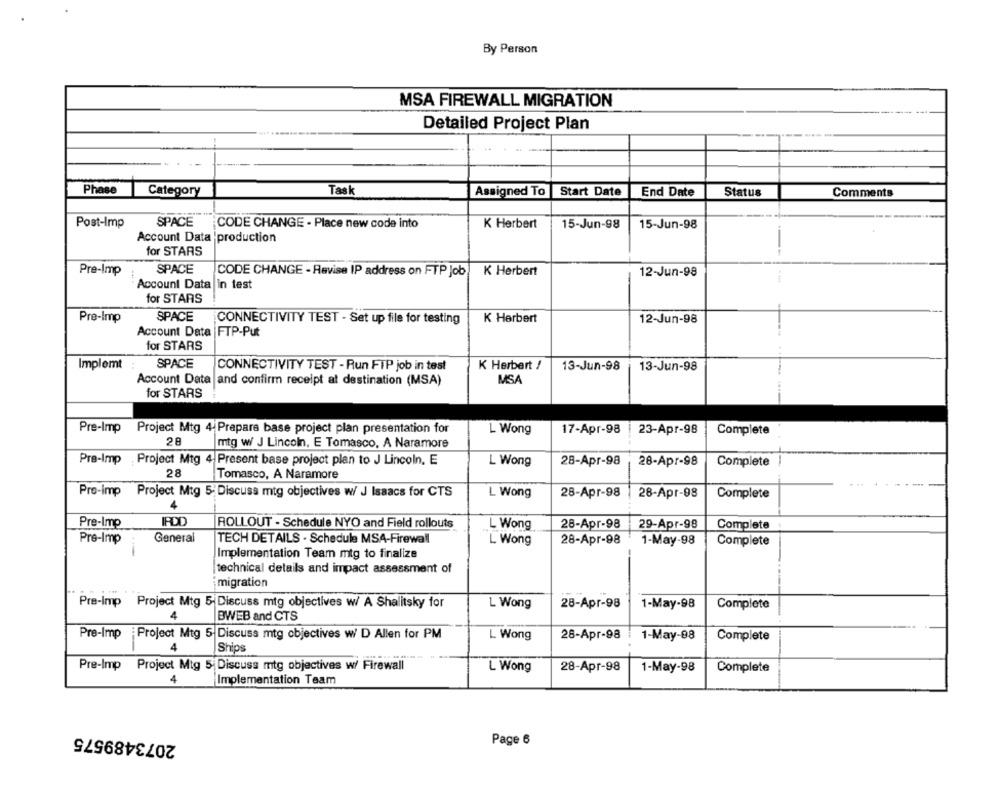
By Person
MSA FIREWALL MIGRATION
Detailed Project Plan
Phase
Task
Category
Assigned To
Start Date
End Date
Status
Comments
Post-Imp
SPACE
CODE CHANGE - Place new code into
K Herbert
15-Jun-98
15-Jun-98
Account Data 'production
for STARS
SPACE
Pre-Imp
CODE CHANGE - Revise IP address on FTP Job
K Herbert
12-Jun-98
Account Data in test
for STARS
Pre-Imp
SPACE
CONNECTIVITY TEST - Set up file for testing
K Herbert
12-Jun-98
Account Data |FTP-Put
for STARS
Implemt
SPACE
CONNECTIVITY TEST - Run FTP job in test
K Herbert /
13-Jun-98
13-Jun-98
MSA
Account Data and confirm receipt at destination (MSA)
for STARS
Pre-Imp Project Mtg 4. Prepara base project plan presentation for
L Wong
17-Apr-98
23-Apr-98
Complete
28
mtg w/ J Lincoln, E Tomasco, A Naramore
Pre-Imp
Project Mtg 4. Present base project plan to J Lincoln, E
L Wong
28-Apr-98
28-Apr-98
Complete
28
Tomasco, A Naramore
Pre-Imp
Project Mtg 5; Discuss mtg objectives w/ J Isaacs for CTS
L Wong
28-Apr-98
28-Apr-98
Complete
IPDD
Pre-Imp
ROLLOUT - Schedule NYO and Field rollouts
L Wong
28-Apr-98
29-Apr-98
Complete
General
Pre-Imp
TECH DETAILS - Schedule MSA-Firewall
L Wong
28-Apr-98
1-May-98
Complete
Implementation Team mtg to finalize
technical details and impact assessment of
migration
Pre-Imp Project Mtg 5 Discuss mtg objectives w/ A Shalitsky for
L Wong
28-Apr-98
1-May-98
Complete
4
BWEB and CTS
Pre-Imp Project Mtg 5 Discuss mtg objectives w/ D Allen for PM
L Wong
28-Apr-98
1-May-98
Complete
4
Ships
Pre-Imp
Project Mtg 5 Discuss mtg objectives w/ Firewall
L Wong
28-Apr-98
1-May-98
Complete
4
Implementation Team
2073489575
Page 6